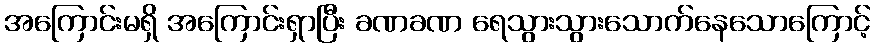
အကြောင်းမရှိ အကြောင်းရှာပြီး ခဏခဏ ရေသွားသွားသောက်နေသောကြောင့်